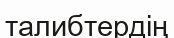
талибтердің